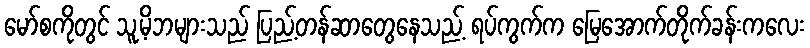
မော်စကိုတွင် သူ့မိဘများသည် ပြည့်တန်ဆာတွေနေသည့် ရပ်ကွက်က မြေအောက်တိုက်ခန်းကလေး